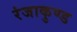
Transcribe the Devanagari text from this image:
रंजाकुण्ड